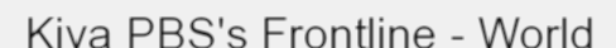
Kiva PBS's Frontline - World